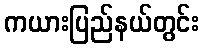
ကယားပြည်နယ်တွင်း